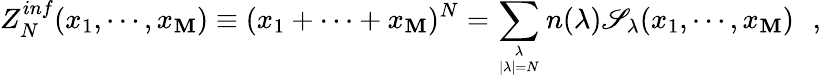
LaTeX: Z_{N}^{inf}(x_{1},\cdots,x_{\mathbf{M}})\equiv(x_{1}+\cdots+x_{\mathbf{M}})^{N}=\sum_{{\lambda\atop|\lambda|=N}}n(\lambda)\mathscr{S}_{\lambda}(x_{1},\cdots,x_{\mathbf{M}})\, \, \, \, ,